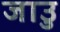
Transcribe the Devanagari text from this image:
जाउु